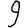
Digit: 9